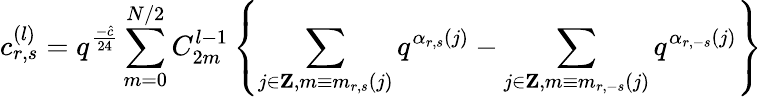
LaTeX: c_{r,s}^{(l)}=q^{\frac{-\hat{c}}{24}}\sum_{m=0}^{N/2}C_{2m}^{l-1}\left\{ \sum_{j\in{\mathbf Z},m\equiv m_{r,s}(j)}q^{\alpha_{r,s}(j)}-\sum_{j\in{\mathbf Z},m\equiv m_{r,-s}(j)}q^{\alpha_{r,-s}(j)}\right\}